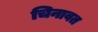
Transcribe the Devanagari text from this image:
चिनावत